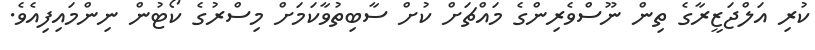
ކުރި އަލްޖަޒީރާގެ ތިން ނޫސްވެރިންގެ މައްޗަށް ކުށް ސާބިތުވާކަމަށް މިސްރުގެ ކޯޓުން ނިންމައިފިއެވެ.